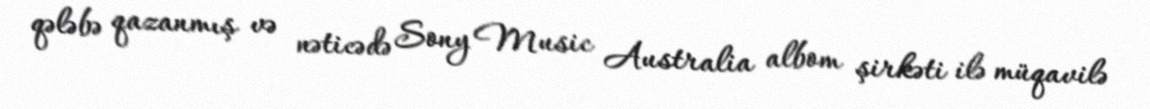
qələbə qazanmış və nəticədə Sony Music Australia albom şirkəti ilə müqavilə